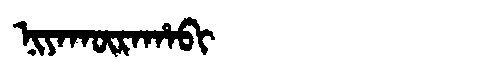
Manchu: ᠨᡳᠶᠠᡴᡡᡵᠠᡥᠠᠪᡳ
Romanization: NIYAKŪRAHABI